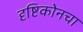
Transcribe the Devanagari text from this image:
दृष्टिकोनचा